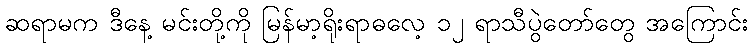
ဆရာမက ဒီနေ့ မင်းတို့ကို မြန်မာ့ရိုးရာဓလေ့ ၁၂ ရာသီပွဲတော်တွေ အကြောင်း